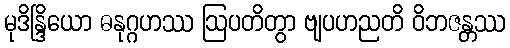
မုဒိန္ဒြိယော ဓနုဂ္ဂဟဿ ဩပတိတွာ ဗျပဟညတိ ဝိဘဇန္တဿ